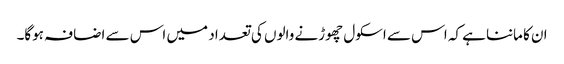
ان کا ماننا ہے کہ اس سے اسکول چھوڑنے والوں کی تعداد میں اس سے اضافہ ہوگا۔